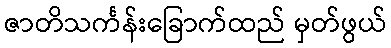
ဇာတိသင်္ကန်းခြောက်ထည် မှတ်ဖွယ်